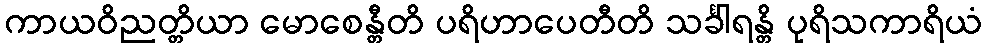
ကာယဝိညတ္တိယာ မောစေန္တီတိ ပရိဟာပေတီတိ သင်္ခါရန္တိ ပုရိသကာရိယံ